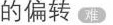
的偏转难